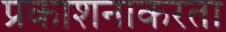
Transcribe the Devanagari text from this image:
प्रकाशनाकरता